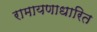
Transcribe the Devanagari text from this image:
रामायणाधारित